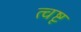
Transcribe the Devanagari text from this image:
त्वष्टृ